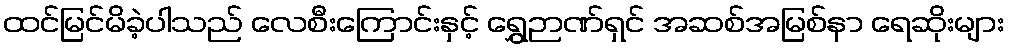
ထင်မြင်မိခဲ့ပါသည် လေစီးကြောင်းနှင့် ရွှေဉာဏ်ရှင် အဆစ်အမြစ်နာ ရေဆိုးများ